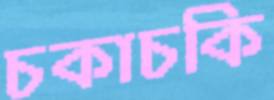
চকাচকি